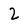
Character: 2